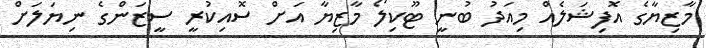
މާޒިޔާގެ އޮފިޝަލެއް މިއަދު ބުނީ ޓޫކިލޯ މާޒިޔާ އަށް ސޮއިކުރީ ސީޒަންގެ ނިޔަލަށް